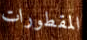
المقطورات